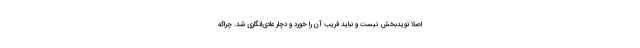
اصلا نویدبخش نیست و نباید فریب آن را خورد و دچار عادی‌انگاری شد. چراکه